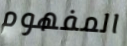
المفهوم